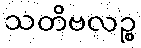
သတိဗလဉ္စ